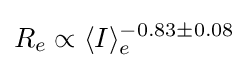
R_{e}\propto \langle I\rangle _{e}^{-0.83\pm 0.08}